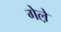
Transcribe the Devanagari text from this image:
गेले़